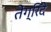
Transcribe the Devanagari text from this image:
तेंग्रिदे